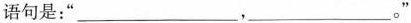
语句是：”___，___。”